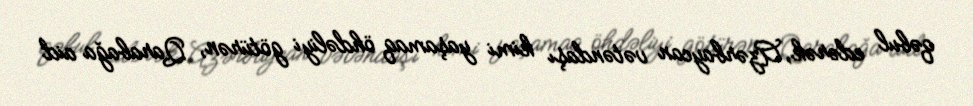
qəbul edərək, Azərbaycan vətəndaşı kimi yaşamaq öhdəliyi götürən, Qarabağa aid